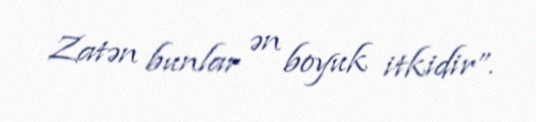
Zatən bunlar ən boyuk itkidir”.